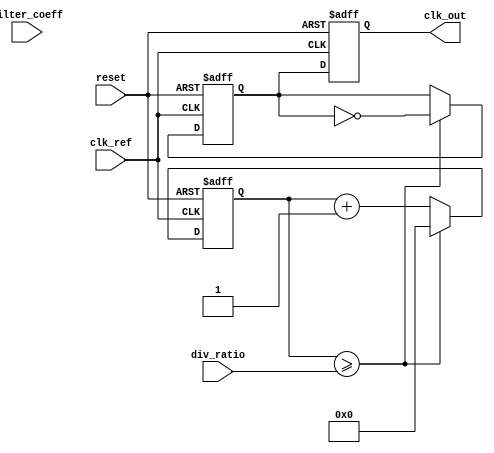
module fractional_PLL (
    input wire clk_ref,          // Reference clock input
    input wire reset,            // Reset signal
    input wire [7:0] div_ratio,  // Division ratio for frequency divider
    input wire [15:0] filter_coeff, // Loop filter coefficients
    output reg clk_out           // Output clock
);

// Phase Detector
reg phase_error;
reg clk_feedback;

// Loop Filter
reg [15:0] filtered_error;

// Voltage-Controlled Oscillator (VCO)
reg [15:0] vco_freq;

// Frequency Divider
reg [7:0] counter;
reg clk_divided;

// Memory Blocks (for configuration)
reg [7:0] mem_div_ratio;
reg [15:0] mem_filter_coeff;

// Initialize memory blocks
initial begin
    mem_div_ratio = div_ratio;
    mem_filter_coeff = filter_coeff;
end

// Phase Detector Logic
always @(posedge clk_ref or posedge reset) begin
    if (reset) begin
        phase_error <= 0;
    end else begin
        // Simple phase error detection (1-bit phase comparison)
        phase_error <= clk_ref ^ clk_feedback; // XOR for phase comparison
    end
end

// Loop Filter Logic
always @(posedge clk_ref or posedge reset) begin
    if (reset) begin
        filtered_error <= 0;
    end else begin
        // Simple low-pass filter (1st order)
        filtered_error <= (filtered_error * (filter_coeff - 1) + phase_error) / filter_coeff;
    end
end

// VCO Logic
always @(posedge clk_ref or posedge reset) begin
    if (reset) begin
        vco_freq <= 0;
    end else begin
        // Adjust VCO frequency based on filtered error
        vco_freq <= vco_freq + filtered_error; // Simple frequency adjustment
    end
end

// Frequency Divider Logic
always @(posedge clk_ref or posedge reset) begin
    if (reset) begin
        counter <= 0;
        clk_divided <= 0;
    end else begin
        if (counter >= mem_div_ratio) begin
            clk_divided <= ~clk_divided; // Toggle divided clock
            counter <= 0; // Reset counter
        end else begin
            counter <= counter + 1; // Increment counter
        end
    end
end

// Feedback Logic
always @(posedge clk_ref or posedge reset) begin
    if (reset) begin
        clk_feedback <= 0;
    end else begin
        clk_feedback <= clk_divided; // Feedback from frequency divider
    end
end

// Output Clock Generation
always @(posedge clk_ref or posedge reset) begin
    if (reset) begin
        clk_out <= 0;
    end else begin
        clk_out <= clk_divided; // Output clock is the divided clock
    end
end

endmodule